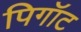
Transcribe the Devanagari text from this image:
पिगॉट